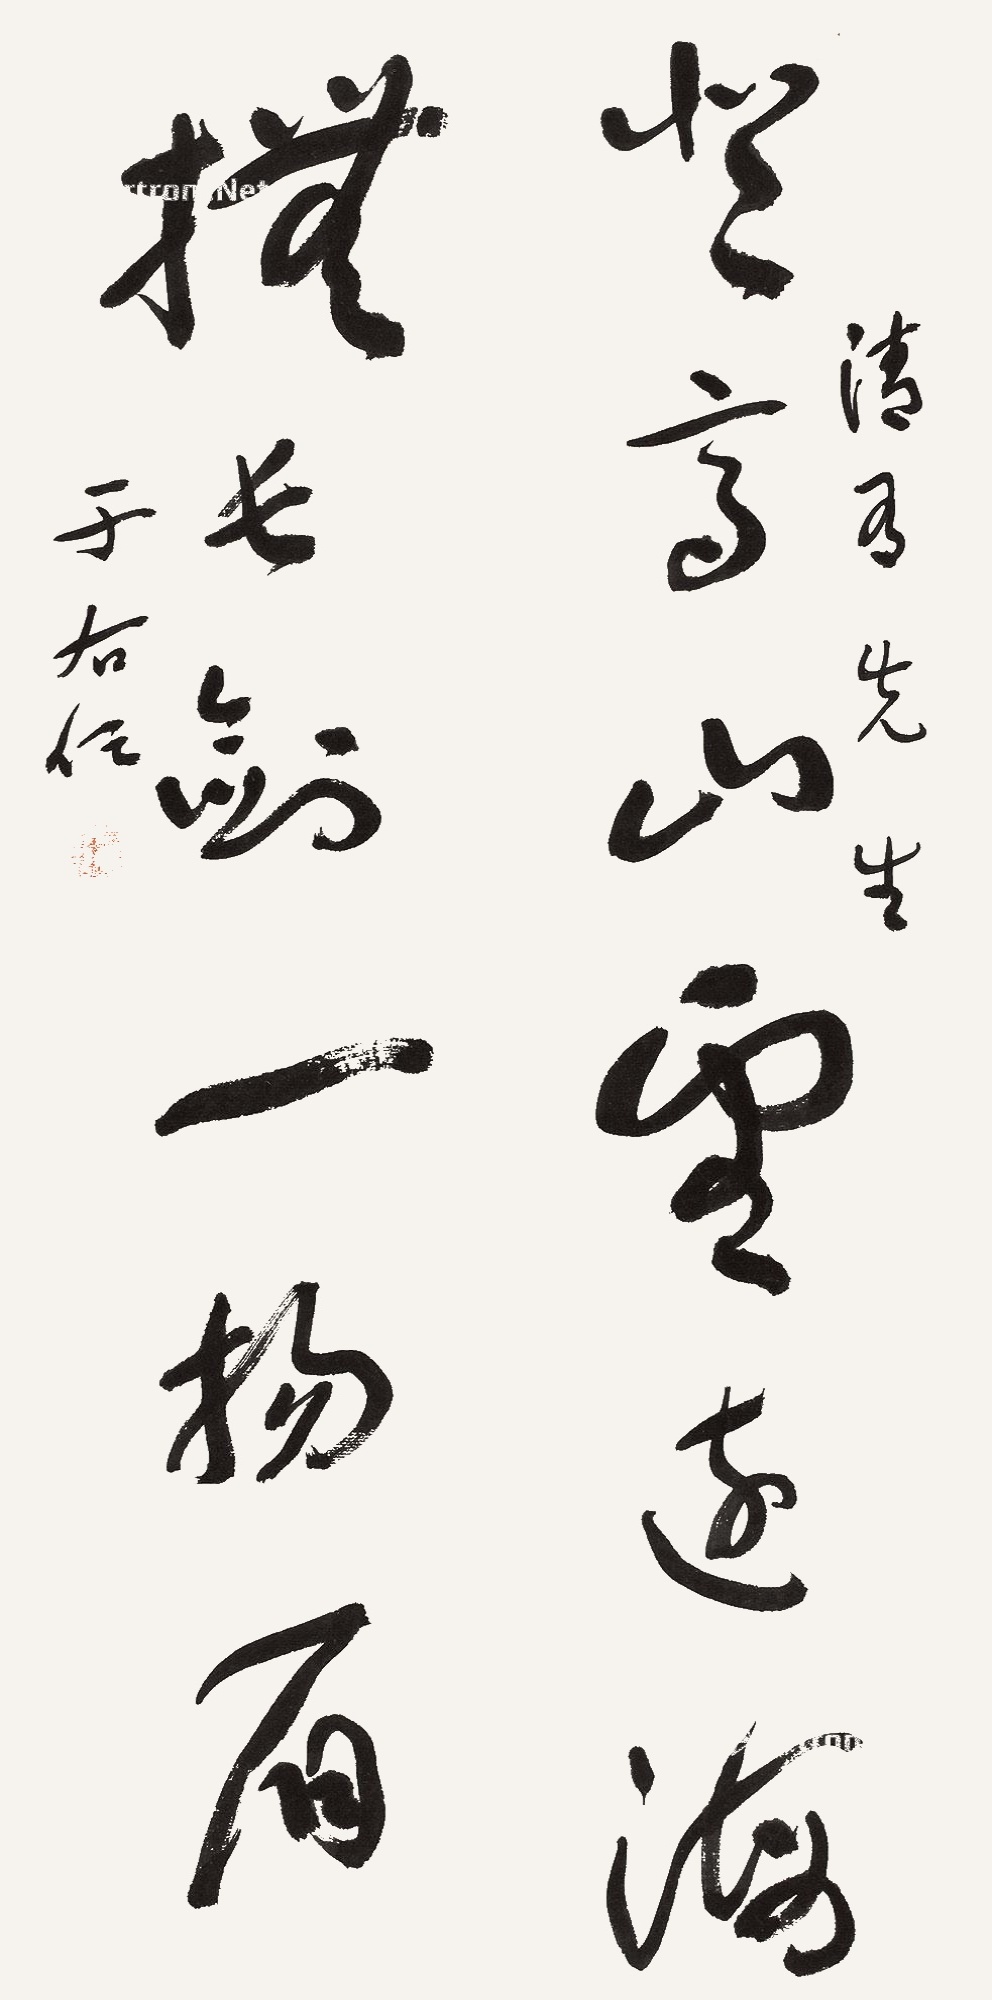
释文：登高山望远海，抚长剑一扬眉。清友先生，于右任。